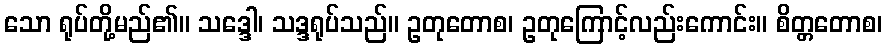
သော ရုပ်တို့မည်၏။ သဒ္ဒေါ၊ သဒ္ဒရုပ်သည်။ ဥတုတောစ၊ ဥတုကြောင့်လည်းကောင်း။ စိတ္တတောစ၊